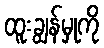
ထူးချွန်မှုကို